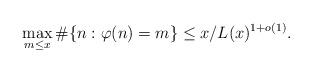
LaTeX: \begin{align*}\max_{m \le x} \#\{n: \varphi(n)=m\} \le x/L(x)^{1+o(1)}. \end{align*}